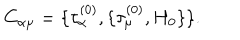
C _ { \alpha \mu } = \{ \tau _ { \alpha } ^ { ( 0 ) } , \{ \tau _ { \mu } ^ { ( 0 ) } , H _ { 0 } \} \} .